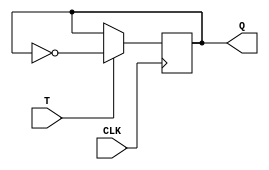
module t_flip_flop (
    input T,  // Toggle input
    input CLK,  // Clock input
    output reg Q  // Output
);

always @(posedge CLK) begin
    if (T) begin
        Q <= ~Q;  // Toggle output if T is high
    end
end

endmodule